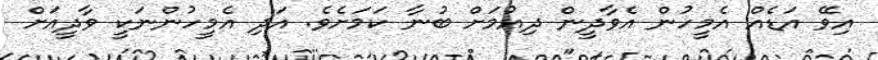
އިވޭ އަޑެއް އެމީހުން އެވާދީން ދިއުމަށް ބުނާ ކަމަށެވެ. އަދި އެމީހުންނަކީ ވާދީއަށް